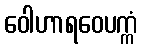
ဝေါဟာရဝေပက္ကံ